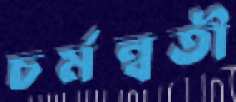
চর্মন্বতী